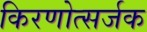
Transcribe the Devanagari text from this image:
किरणोत्सर्जक